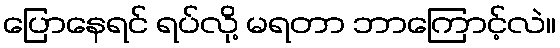
ပြောနေရင် ရပ်လို့ မရတာ ဘာကြောင့်လဲ။